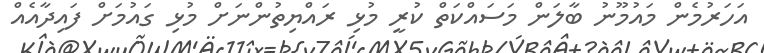
އަހަރުމެން މައުމޫނު ބާލަން މަސައްކަތް ކުރީ މުޅި ރައްޔިތުންނަށް މުޅި ގައުމަށް ފައިދާއެއް